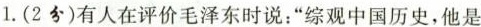
1.(2分)有人在评价毛泽东时说：”综观中国历史，他是